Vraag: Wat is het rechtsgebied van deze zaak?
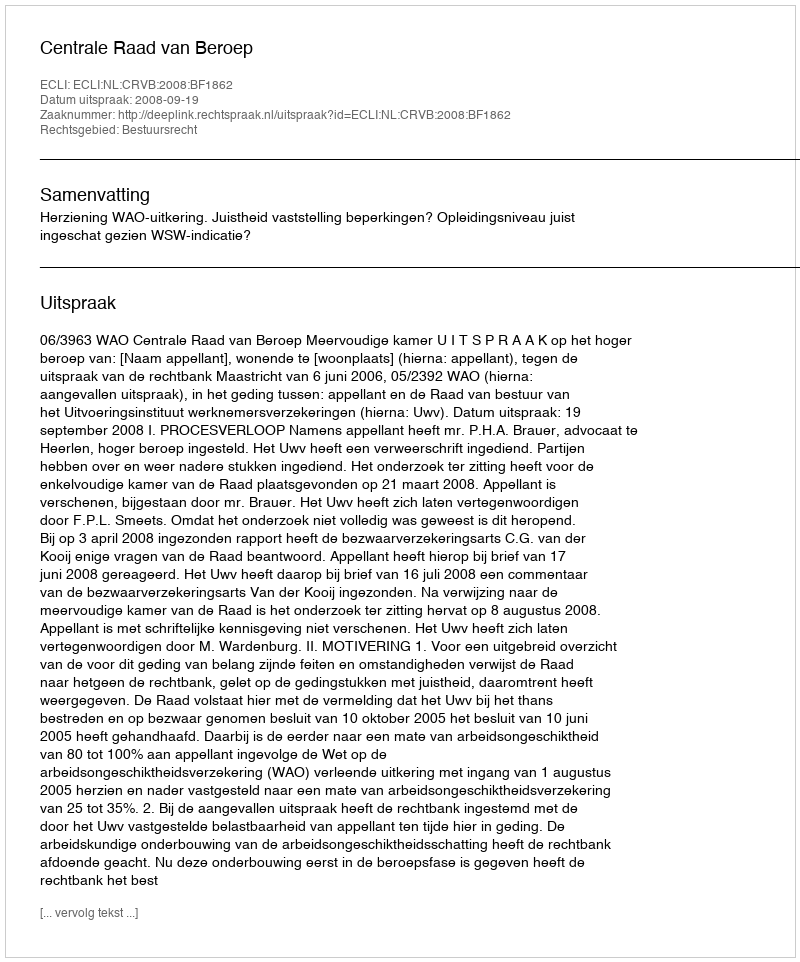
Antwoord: Bestuursrecht